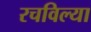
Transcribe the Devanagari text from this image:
रचविल्या